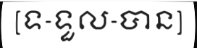
[ទ-ទួល-បាន]